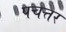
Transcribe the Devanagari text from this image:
पचत्तर